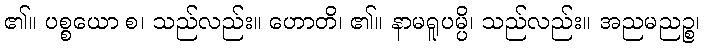
၏။ ပစ္စယော စ၊ သည်လည်း။ ဟောတိ၊ ၏။ နာမရူပမ္ပိ၊ သည်လည်း။ အညမညဉ္စ၊